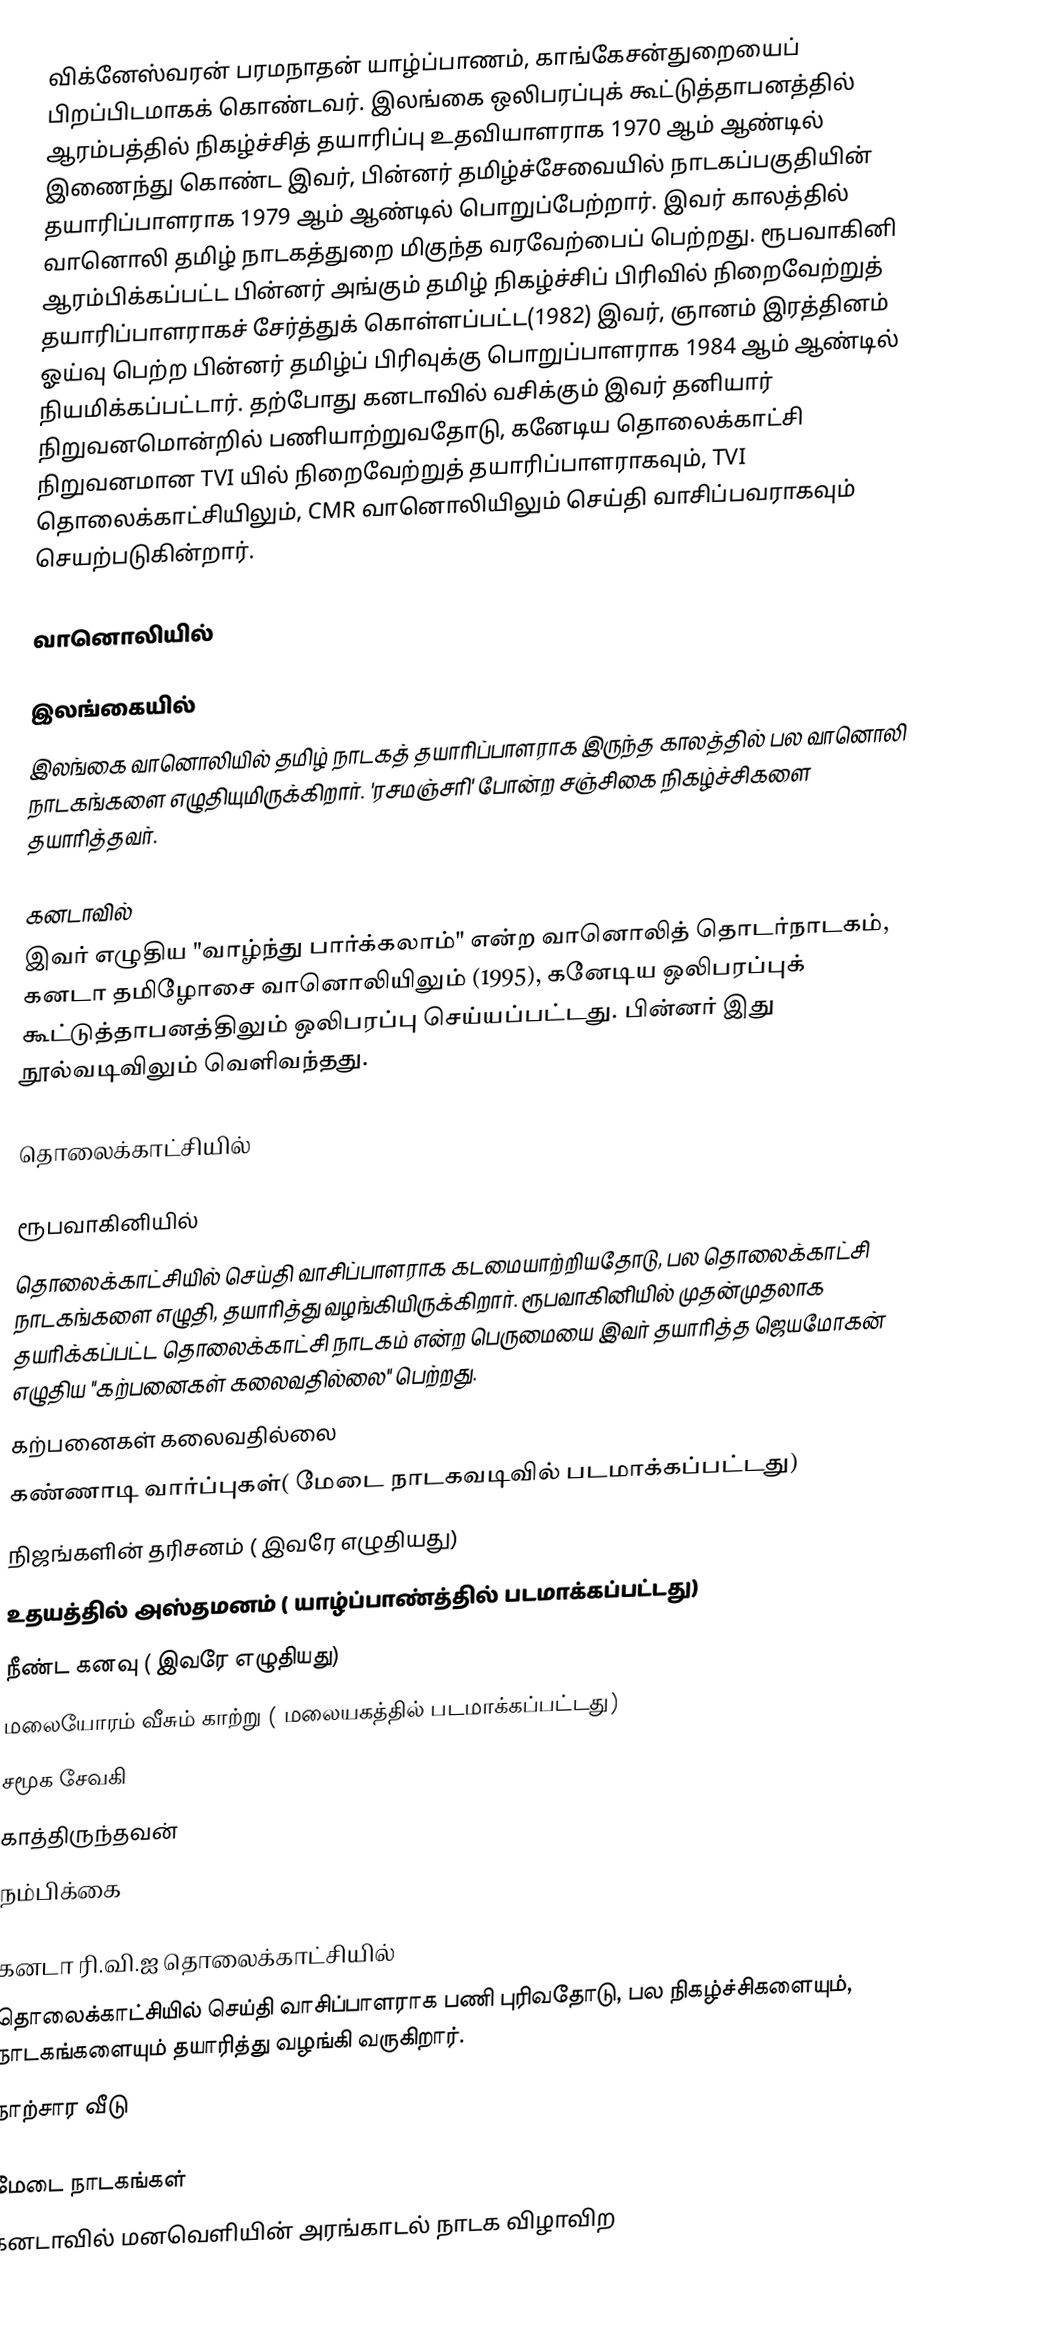
விக்னேஸ்வரன் பரமநாதன்  யாழ்ப்பாணம், காங்கேசன்துறையைப் பிறப்பிடமாகக் கொண்டவர். இலங்கை ஒலிபரப்புக் கூட்டுத்தாபனத்தில் ஆரம்பத்தில் நிகழ்ச்சித் தயாரிப்பு உதவியாளராக 1970 ஆம் ஆண்டில் இணைந்து கொண்ட இவர், பின்னர் தமிழ்ச்சேவையில் நாடகப்பகுதியின் தயாரிப்பாளராக 1979 ஆம் ஆண்டில் பொறுப்பேற்றார். இவர் காலத்தில் வானொலி தமிழ் நாடகத்துறை மிகுந்த வரவேற்பைப் பெற்றது. ரூபவாகினி ஆரம்பிக்கப்பட்ட பின்னர் அங்கும் தமிழ் நிகழ்ச்சிப் பிரிவில் நிறைவேற்றுத் தயாரிப்பாளராகச் சேர்த்துக் கொள்ளப்பட்ட(1982) இவர், ஞானம் இரத்தினம் ஓய்வு பெற்ற பின்னர் தமிழ்ப் பிரிவுக்கு பொறுப்பாளராக 1984 ஆம் ஆண்டில் நியமிக்கப்பட்டார். தற்போது கனடாவில் வசிக்கும் இவர் தனியார் நிறுவனமொன்றில் பணியாற்றுவதோடு, கனேடிய தொலைக்காட்சி நிறுவனமான TVI யில் நிறைவேற்றுத் தயாரிப்பாளராகவும், TVI தொலைக்காட்சியிலும், CMR வானொலியிலும் செய்தி வாசிப்பவராகவும் செயற்படுகின்றார்.

வானொலியில்

இலங்கையில்
இலங்கை வானொலியில் தமிழ் நாடகத் தயாரிப்பாளராக இருந்த காலத்தில் பல வானொலி நாடகங்களை எழுதியுமிருக்கிறார். 'ரசமஞ்சரி' போன்ற சஞ்சிகை நிகழ்ச்சிகளை தயாரித்தவர்.

கனடாவில்
இவர் எழுதிய "வாழ்ந்து பார்க்கலாம்" என்ற வானொலித் தொடர்நாடகம், கனடா தமிழோசை வானொலியிலும் (1995), கனேடிய ஒலிபரப்புக் கூட்டுத்தாபனத்திலும் ஒலிபரப்பு செய்யப்பட்டது. பின்னர் இது நூல்வடிவிலும் வெளிவந்தது.

தொலைக்காட்சியில்

ரூபவாகினியில்
தொலைக்காட்சியில் செய்தி வாசிப்பாளராக கடமையாற்றியதோடு, பல தொலைக்காட்சி நாடகங்களை எழுதி, தயாரித்து வழங்கியிருக்கிறார். ரூபவாகினியில் முதன்முதலாக தயரிக்கப்பட்ட தொலைக்காட்சி நாடகம் என்ற பெருமையை இவர் தயாரித்த ஜெயமோகன் எழுதிய "கற்பனைகள் கலைவதில்லை" பெற்றது.
 கற்பனைகள் கலைவதில்லை
 கண்ணாடி வார்ப்புகள்( மேடை நாடகவடிவில் படமாக்கப்பட்டது)
 நிஜங்களின் தரிசனம் ( இவரே எழுதியது)
 உதயத்தில் அஸ்தமனம் ( யாழ்ப்பாண்த்தில் படமாக்கப்பட்டது)
 நீண்ட கனவு ( இவரே எழுதியது)
 மலையோரம் வீசும் காற்று ( மலையகத்தில் படமாக்கப்பட்டது)
 சமூக சேவகி
 காத்திருந்தவன்
 நம்பிக்கை

கனடா ரி.வி.ஐ தொலைக்காட்சியில்
தொலைக்காட்சியில் செய்தி வாசிப்பாளராக பணி புரிவதோடு, பல நிகழ்ச்சிகளையும், நாடகங்களையும் தயாரித்து வழங்கி வருகிறார்.
 நாற்சார வீடு

மேடை நாடகங்கள்
கனடாவில் மனவெளியின் அரங்காடல் நாடக விழாவிற